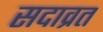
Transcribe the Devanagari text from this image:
सदाव्रत